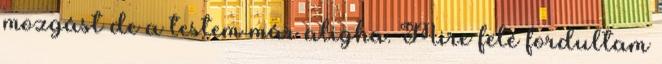
mozgást de a testem már aligha. Mire felé fordultam